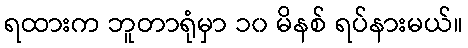
ရထားက ဘူတာရုံမှာ ၁၀ မိနစ် ရပ်နားမယ်။